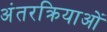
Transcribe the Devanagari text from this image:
अंतरक्रियाओं